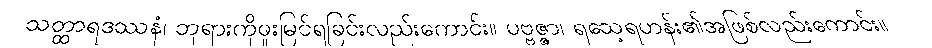
သတ္ထာရဒဿနံ၊ ဘုရားကိုဖူးမြင်ရခြင်းလည်းကောင်း။ ပဗ္ဗဇ္ဇာ၊ ရသေ့ရဟန်း၏အဖြစ်လည်းကောင်း။